Civil Veterinary Department. United Provinces 1932-42 - 1932-1942
Year: 1932
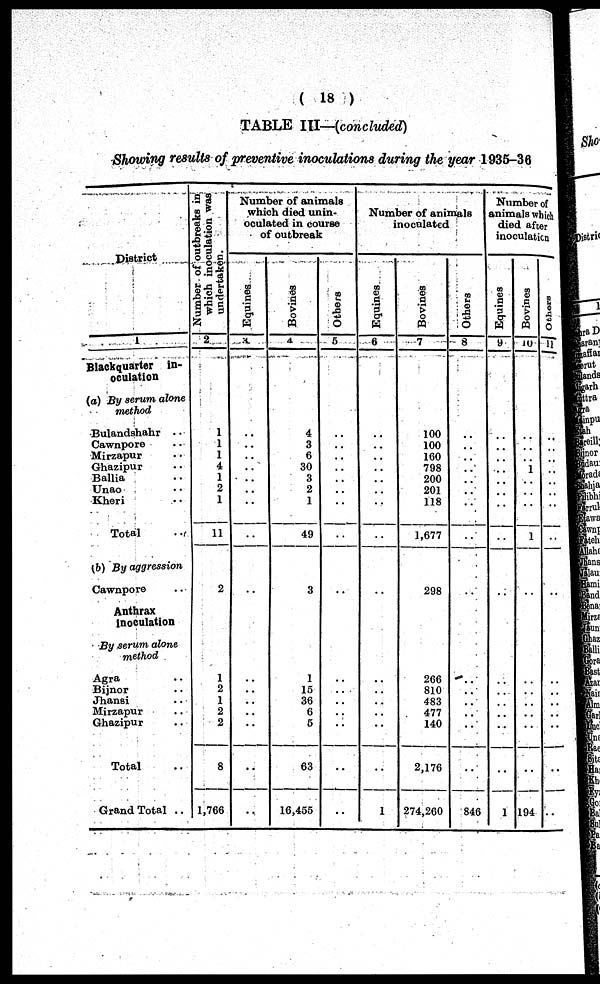
(18)
TABLE III—(concluded)
Showing results of preventive inoculations during the year 1935-36
District
1
Blackquarter in-
oculation
(a) By serum alone
method
Bulandshahr
..
Cawnpore ..
Mirzapur ..
Ghazipur ..
Ballia ..
Unao ..
Kheri ..
Total ..
(b) By aggression
Cawnpore ..
Anthrax
inoculation
By serum alone
method
Agra ..
Bijnor ..
Jhansi ..
Mirzapur ..
Ghazipur ..
Total ..
Grand Total ..
Number of outbreaks in
which inoculation was
undertaken.
2
1
1
1
4
1
2
1
11
2
1
2
1
2
2
8
1,766
Number of animals
which died unin-
oculated in course
of outbreak
Equines
3
..
..
..
..
..
..
..
..
..
..
..
..
..
..
..
..
Bovines
4
4
3
6
30
3
2
1
49
3
1
15
36
6
5
63
16,455
Others
5
..
..
..
..
..
..
..
..
..
..
..
..
..
..
..
..
Number of animals
inoculated
Equines
6
..
..
..
..
..
..
..
..
..
..
..
..
..
..
..
1
Bovines
7
100
100
160
798
200
201
118
1,677
298
266
810
483
477
140
2,176
274,260
Others
8
..
..
..
..
..
..
..
..
..
..
..
..
..
..
..
846
Number of
animals which
died after
inoculation
Equines
9
..
..
..
..
..
..
..
..
..
..
..
..
..
..
..
1
Bovines
10
..
..
..
1
..
..
..
1
..
..
..
..
..
..
..
194
Others
11
..
..
..
..
..
..
..
..
..
..
..
..
..
..
..
..